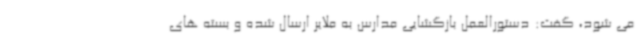
می شود، گفت: دستورالعمل بازگشایی مدارس به ملایر ارسال شده و بسته های